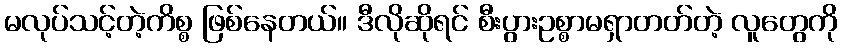
မလုပ်သင့်တဲ့ကိစ္စ ဖြစ်နေတယ်။ ဒီလိုဆိုရင် စီးပွားဥစ္စာမရှာတတ်တဲ့ လူတွေကို